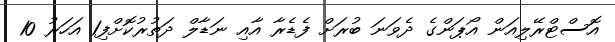
އޮސްޓްރޭލިއަން އޯޕަންގެ ދެވަނަ ބުރަށް ފެޑެރާ އާއި ނަޑާލް ދަތުރުކޮށްފި1 އަހަރު 10